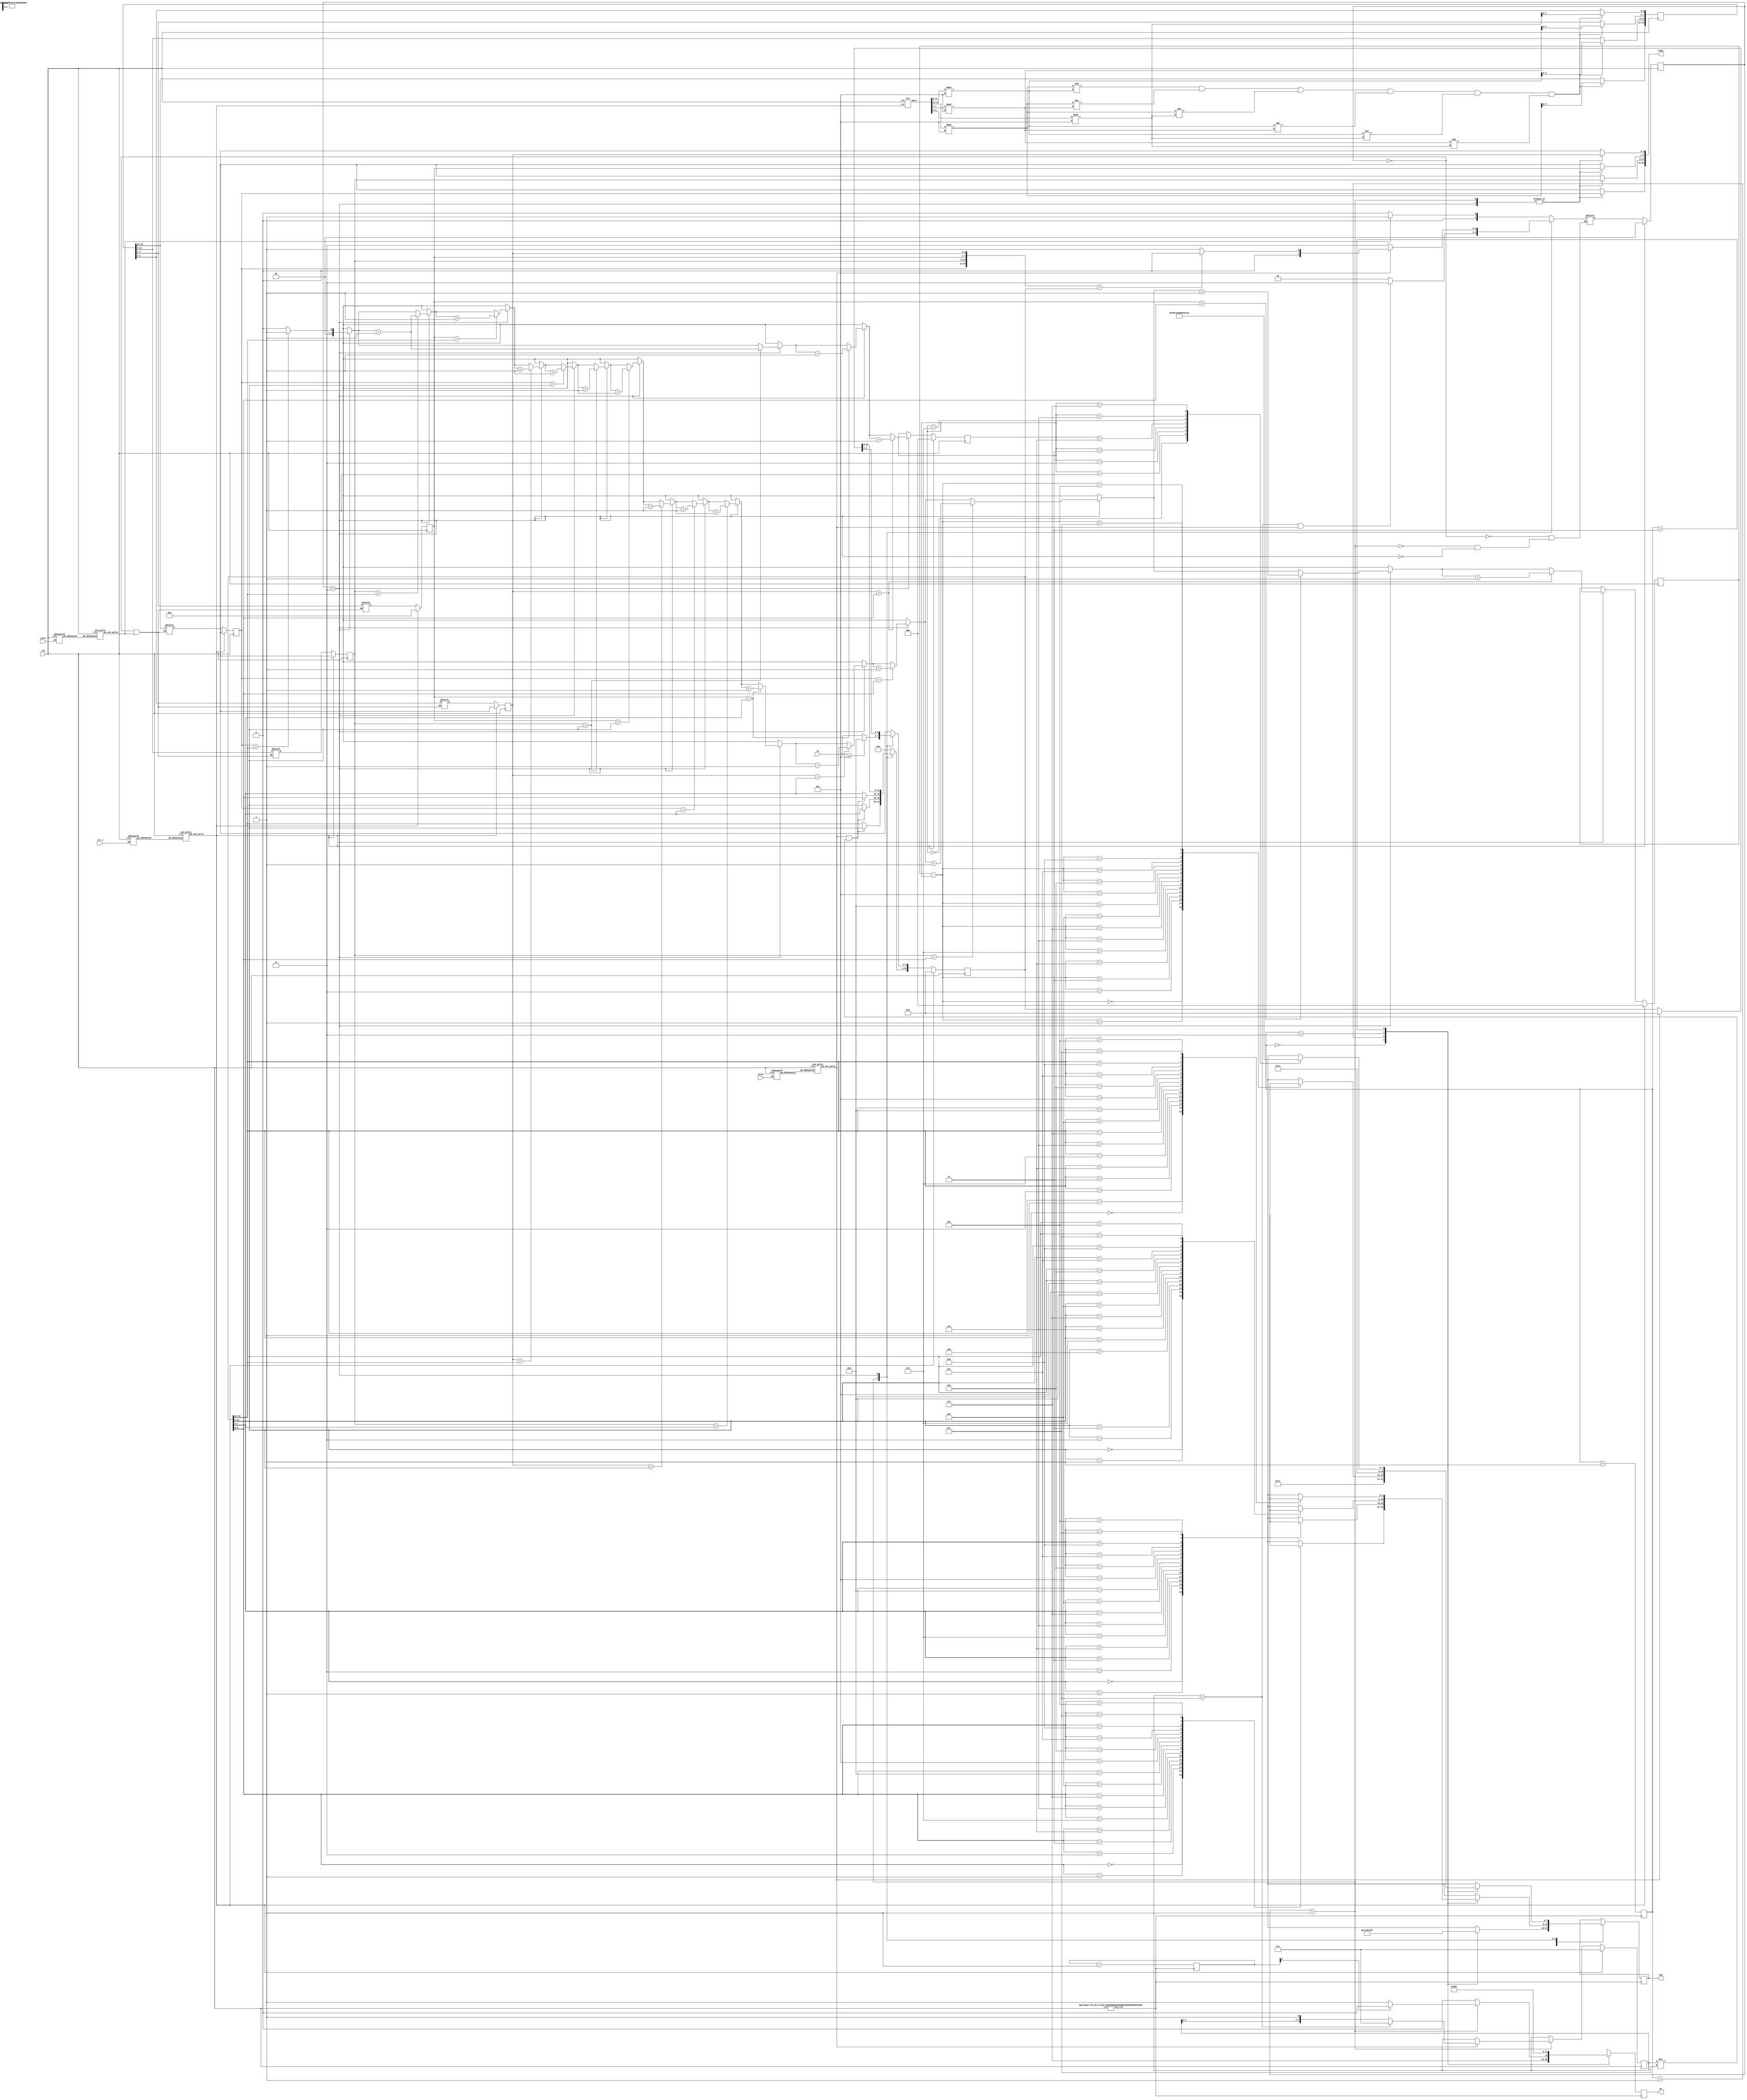
`timescale 1ns/1ps

module fpga(clk, rst_n, start, enter, sw, seg, an, light);

    input clk, rst_n, start, enter;
    input [4-1:0] sw;
    output reg [4-1:0] an;
    output reg [8-1:0] seg;
    output reg [16-1:0] light;

    wire display_clk, st_div;
    wire [8-1:0] digit [16-1:0];
    reg [9-1:0] display_cnt, next_dis_cnt;
    reg [2-1:0] display_pos, next_pos;
    reg [8-1:0] dout, dis1, dis2, dis3, dis4;
    wire [8-1:0] random_num1, random_num2;
    reg [4-1:0] ans1, ans2, ans3, ans4, done, next_done;
    reg [4-1:0] next_ans1, next_ans2, next_ans3, next_ans4;
    reg [16-1:0] desire_num, next_desire;
    reg [2-1:0] state, next_state;
    reg correct;
    reg [3-1:0] A, B, next_A, next_B;

    parameter INITIAL = 2'b00;
    parameter GUESSING = 2'b01;
    parameter ANSWER = 2'b10;

    clk_div #(.n(17)) c1(clk, display_clk);
    clk_div #(.n(14)) c2(clk, st_div);
    debounced d0(clk, rst_n, rst_n_debounced);
    debounced d1(clk, start, st_debounced);
    debounced d2(clk, enter, enter_debounced);

    one_pulse o0(clk, rst_n_debounced, rst_n_one_pulse);
    one_pulse o1(clk, st_debounced, st_one_pulse);
    one_pulse o2(clk, enter_debounced, enter_one_pulse);

    // generating random answer========================

    //LFSR lfsr1(clk, rst_n_one_pulse, random_num1);
    //LFSR lfsr2(clk, rst_n_one_pulse, random_num2);
    reg[15:0] rand_num;
    wire[15:0] next_rand_num;
    lfsr kk(clk, rst_n_one_pulse, next_rand_num);

    always @(*) begin
        case (state)
            GUESSING : begin
                light[15:12] = ans1;
                light[11:8] = ans2;
                light[7:4] = ans3;
                light[3:0]  = ans4;
            end
            ANSWER : begin
                light[15:12] = ans1;
                light[11:8] = ans2;
                light[7:4] = ans3;
                light[3:0] = ans4;
            end
            default : begin
                light = 16'b0;
            end
        endcase
    end


    always @(posedge clk) begin
        
        if(next_rand_num[15:12]%10 != next_rand_num[11:8]%10 && next_rand_num[15:12]%10 != next_rand_num[7:4]%10 && next_rand_num[15:12]%10 != next_rand_num[3:0]%10 && next_rand_num[11:8]%10 != next_rand_num[7:4]%10 && next_rand_num[11:8]%10 != next_rand_num[3:0]%10 && next_rand_num[7:4]%10 != next_rand_num[3:0]%10)begin
            rand_num[15:12] = next_rand_num[15:12]%10;
            rand_num[11:8] = next_rand_num[11:8]%10;
            rand_num[7:4] = next_rand_num[7:4]%10;
            rand_num[3:0] = next_rand_num[3:0]%10;
        end
            
    end
     
    always @(posedge clk) begin
        if(rst_n_one_pulse) begin
            ans1 <= 0;
            ans2 <= 0;
            ans3 <= 0;
            ans4 <= 0;
        end 
        else begin
            ans1 <= next_ans1;
            ans2 <= next_ans2;
            ans3 <= next_ans3;
            ans4 <= next_ans4;
        end

    end
     
    always @(*) begin
        if (state == INITIAL && st_one_pulse) begin
            next_ans1 = rand_num[15:12];
            next_ans2 = rand_num[11:8];
            next_ans3 = rand_num[7:4];
            next_ans4 = rand_num[3:0];
        end
    end
    //==================================================

    //FSM===============================================
    always @(posedge clk) begin
        if (rst_n_one_pulse) begin
            state <= INITIAL;
        end else begin
            state <= next_state;
        end
    end

    always @(*) begin
        case (state) 
            INITIAL : begin
                if (st_one_pulse) next_state = GUESSING;
                else next_state = INITIAL;
            end
            GUESSING : begin
                if (done == 4'b1111 && enter_one_pulse) next_state = ANSWER;
                else next_state = GUESSING;
            end
            ANSWER : begin
                if (enter_one_pulse) begin
                    if ({ans1, ans2, ans3, ans4} == desire_num) next_state = INITIAL;
                    else next_state = GUESSING;
                end
                else begin
                    next_state = ANSWER;
                end
            end
            default : begin
                next_state = next_state;
            end
        endcase
    end
    //==================================================

    //input=============================================

    always @(posedge clk) begin
        if (rst_n_one_pulse) begin
            desire_num <= 16'b0;
        end else begin
            desire_num <= next_desire;
        end
    end

    always @(*) begin
        next_desire = 16'b0;
        case (state)
            INITIAL : begin
                next_desire = 16'b0;
            end
            GUESSING : begin
                next_desire[3:0] = (sw>=10)? 9:sw; 
                if (enter_one_pulse && done != 4'b1111) begin
                    next_desire[15:12] = desire_num[11:8];
                    next_desire[11:8] = desire_num[7:4];
                    next_desire[7:4] = desire_num[3:0];
                end else begin
                    next_desire[15:4] = desire_num[15:4];        
                end
            end
            ANSWER:begin
                next_desire = desire_num;
                if(enter_one_pulse)
                    next_desire = 0;
            end
            default : begin
                next_desire = 16'b0;
            end
        endcase
    end

    always @(posedge clk) begin
        if (rst_n_one_pulse) begin
            done <= 4'b0001;
        end else begin
            if (state == GUESSING) done <= next_done;  
        end
    end

    always @(*) begin
        next_done = done;
        case (state)
            INITIAL : begin
                next_done = 4'b0001;
            end
            GUESSING : begin
                if (enter_one_pulse) begin
                    if (done == 4'b1111) begin
                        next_done = 4'b0001;
                    end else begin
                        next_done = {done[2:0], 1'b1};
                    end
                end else begin
                    next_done = done;
                end
            end
            default : begin
                next_done = 4'b0001;
            end
        endcase
    end
    //==================================================

    //judge=============================================

    always @(posedge clk) begin
        if (rst_n_one_pulse) begin
            A <= 4'b0;
            B <= 4'b0;
        end else begin
            if (state == ANSWER) begin
                A <= next_A;
                B <= next_B;
            end
        end
    end

    always @(*) begin
        next_A = 0; next_B = 0;
        if (state == ANSWER) begin
            // maybe there are some problems
            if (ans1 == desire_num[15:12]) next_A = next_A + 1;
            if (ans2 == desire_num[11:8]) next_A = next_A + 1;
            if (ans3 == desire_num[7:4]) next_A = next_A + 1;
            if (ans4 == desire_num[3:0]) next_A = next_A + 1;

            if (ans1 == desire_num[15:12]) next_B = next_B + 1;
            if (ans2 == desire_num[15:12]) next_B = next_B + 1;
            if (ans3 == desire_num[15:12]) next_B = next_B + 1;
            if (ans4 == desire_num[15:12]) next_B = next_B + 1;  

            if (ans1 == desire_num[11:8]) next_B = next_B + 1;
            if (ans2 == desire_num[11:8]) next_B = next_B + 1;
            if (ans3 == desire_num[11:8]) next_B = next_B + 1;
            if (ans4 == desire_num[11:8]) next_B = next_B + 1;

            if (ans1 == desire_num[7:4]) next_B = next_B + 1;
            if (ans2 == desire_num[7:4]) next_B = next_B + 1;
            if (ans3 == desire_num[7:4]) next_B = next_B + 1;
            if (ans4 == desire_num[7:4]) next_B = next_B + 1; 

            if (ans1 == desire_num[3:0]) next_B = next_B + 1;
            if (ans2 == desire_num[3:0]) next_B = next_B + 1;
            if (ans3 == desire_num[3:0]) next_B = next_B + 1;
            if (ans4 == desire_num[3:0]) next_B = next_B + 1;
        end
    end
    //==================================================

    //diplay num========================================
    always @(*) begin
        next_dis_cnt = display_cnt + 1;
    end
    always @(posedge display_clk) begin
        display_cnt <= next_dis_cnt;
        display_pos <= display_pos + 1;  
        case (display_pos)
            2'b00 : begin
                if (state == GUESSING) begin
                    if (display_cnt[8] == 1) an <= 4'b1110;
                    else an <= 4'b1111;
                end else an <= 4'b1110;
            end
            2'b01 : begin
                an <= 4'b1101;
            end
            2'b10 : begin
                an <= 4'b1011;
            end
            2'b11 : begin
                an <= 4'b0111;
            end
        endcase
    end

    always @(posedge display_clk) begin
        case (state)
            INITIAL : begin
                case (display_pos)
                    2'b00 : seg <= digit[11];
                    2'b01 : seg <= digit[2];
                    2'b10 : seg <= digit[10];
                    2'b11 : seg <= digit[1];
                endcase
            end
            GUESSING : begin
                case (display_pos)
                    2'b00 : seg <= digit[desire_num[3:0]];
                    2'b01 : seg <= digit[desire_num[7:4]];
                    2'b10 : seg <= digit[desire_num[11:8]];
                    2'b11 : seg <= digit[desire_num[15:12]];
                endcase
            end
            ANSWER : begin
                case (display_pos)
                    2'b00 : seg <= digit[11]; //B
                    2'b01 : seg <= digit[B-A]; //# of B
                    2'b10 : seg <= digit[10]; //A
                    2'b11 : seg <= digit[A]; //# of A
                endcase
            end

        endcase
    end
    //==================================================

    //7-segment=========================================
    assign digit[0] = 8'b00000011;
    assign digit[1] = 8'b10011111;
    assign digit[2] = 8'b00100101;
    assign digit[3] = 8'b00001101;
    assign digit[4] = 8'b10011001;
    assign digit[5] = 8'b01001001;
    assign digit[6] = 8'b01000001;
    assign digit[7] = 8'b00011111;
    assign digit[8] = 8'b00000001;
    assign digit[9] = 8'b00001001;
    assign digit[10] = 8'b00010001;
    assign digit[11] = 8'b11000001;

endmodule

module LFSR(clk, rst_n, out);
    
    input clk;
    input rst_n;
    output reg [8-1:0] out;

    wire tmp1, tmp2, tmp3;

    xor x0(tmp1, out[7], out[1]);
    xor x1(tmp2, out[7], out[2]);
    xor x2(tmp3, out[7], out[3]);

    always @(posedge clk) begin
        if (rst_n) begin
            out <= 8'b10111101;
        end else begin
            out[0] <= out[7];
            out[1] <= out[0];
            out[2] <= tmp1;
            out[3] <= tmp2;
            out[4] <= tmp3;
            out[5] <= out[4];
            out[6] <= out[5];
            out[7] <= out[6];
        end
    end

endmodule

module debounced(clk, pb, pb_debounced);
    
    input clk, pb;
    output pb_debounced;

    reg [9:0] DFF;

    always @(posedge clk) begin
        DFF[9:1] <= DFF[8:0];
        DFF[0] <= pb;
    end

    assign pb_debounced = ((DFF == 10'b1111111111) ? 1'b1 : 1'b0);

endmodule

module one_pulse #(parameter n = 16) (clk, pb_debounced, pb_one_pulse);

    input clk, pb_debounced;
    output pb_one_pulse;

    reg [n-1:0] cnt;
    wire [n-1:0] next_cnt;
    reg pb_one_pulse, pb_debounced_delay;

    always @(posedge clk) begin
        pb_one_pulse <= (pb_debounced & (!pb_debounced_delay));
        pb_debounced_delay <= pb_debounced;
    end

    always @(posedge clk) begin
        cnt <= next_cnt;
    end

    assign next_cnt = cnt + 1;

endmodule

module clk_div #(parameter n = 24) (clk, div_clk);
    
    input clk;
    output div_clk;

    reg [n-1:0] cnt;
    wire [n-1:0] next_cnt;

    always @(posedge clk) begin
        cnt <= next_cnt;
    end

    assign next_cnt = cnt + 1;
    assign div_clk = cnt[n-1];

endmodule

module lfsr(clk, rst, data);

    input clk, rst;
    output reg [15:0] data;

	reg [15:0] next_data;

	always @(*) begin
		next_data = {data[14:0], data[15] ^ data[14] ^ data[12] ^ data[3]}; 
	end

	always @(posedge clk or posedge rst)
	if(rst)
		data <= 16'b0100_1100_0010_1101;
	else
		data <= next_data;

endmodule